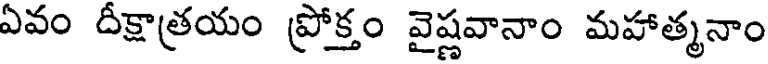
ఏవం దీక్షాత్రయం ప్రోక్తం వైష్ణవానాం మహాత్మనాం